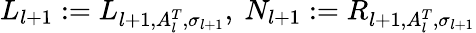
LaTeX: L_{l+1}:=L_{l+1,A_{l}^{T},\sigma_{l+1}},\ N_{l+1}:=R_{l+1,A_{l}^{T},\sigma_{l+1}}